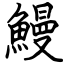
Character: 鰻